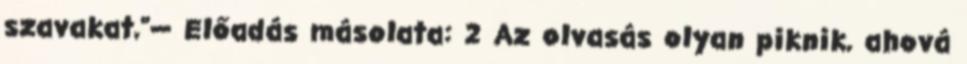
szavakat,"— Előadás másolata: 2 Az olvasás olyan piknik, ahová